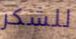
للشكر